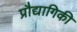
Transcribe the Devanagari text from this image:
प्रौद्यागिकी